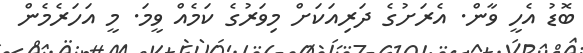
ބޮޑު އެހީ ވާން. އެރަށުގެ ދަރިއަކަށް މިވަރުގެ ކަމެއް ވީމަ. މީ އަހަރެމެން